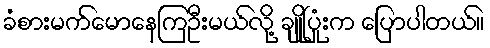
ခံစားမက်မောနေကြဦးမယ်လို့ ချိုပြုံးက ပြောပါတယ်။